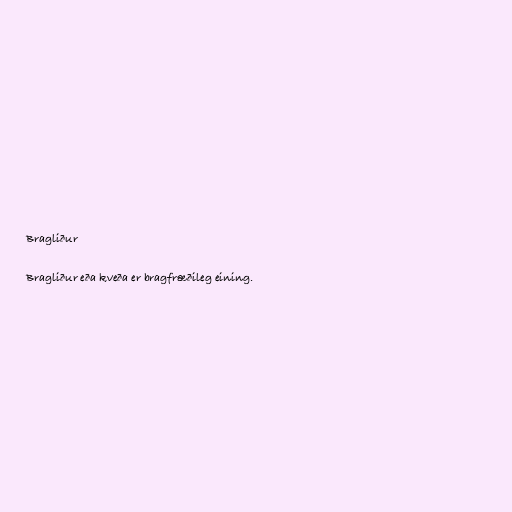
Bragliður

Bragliður eða kveða er bragfræðileg eining.